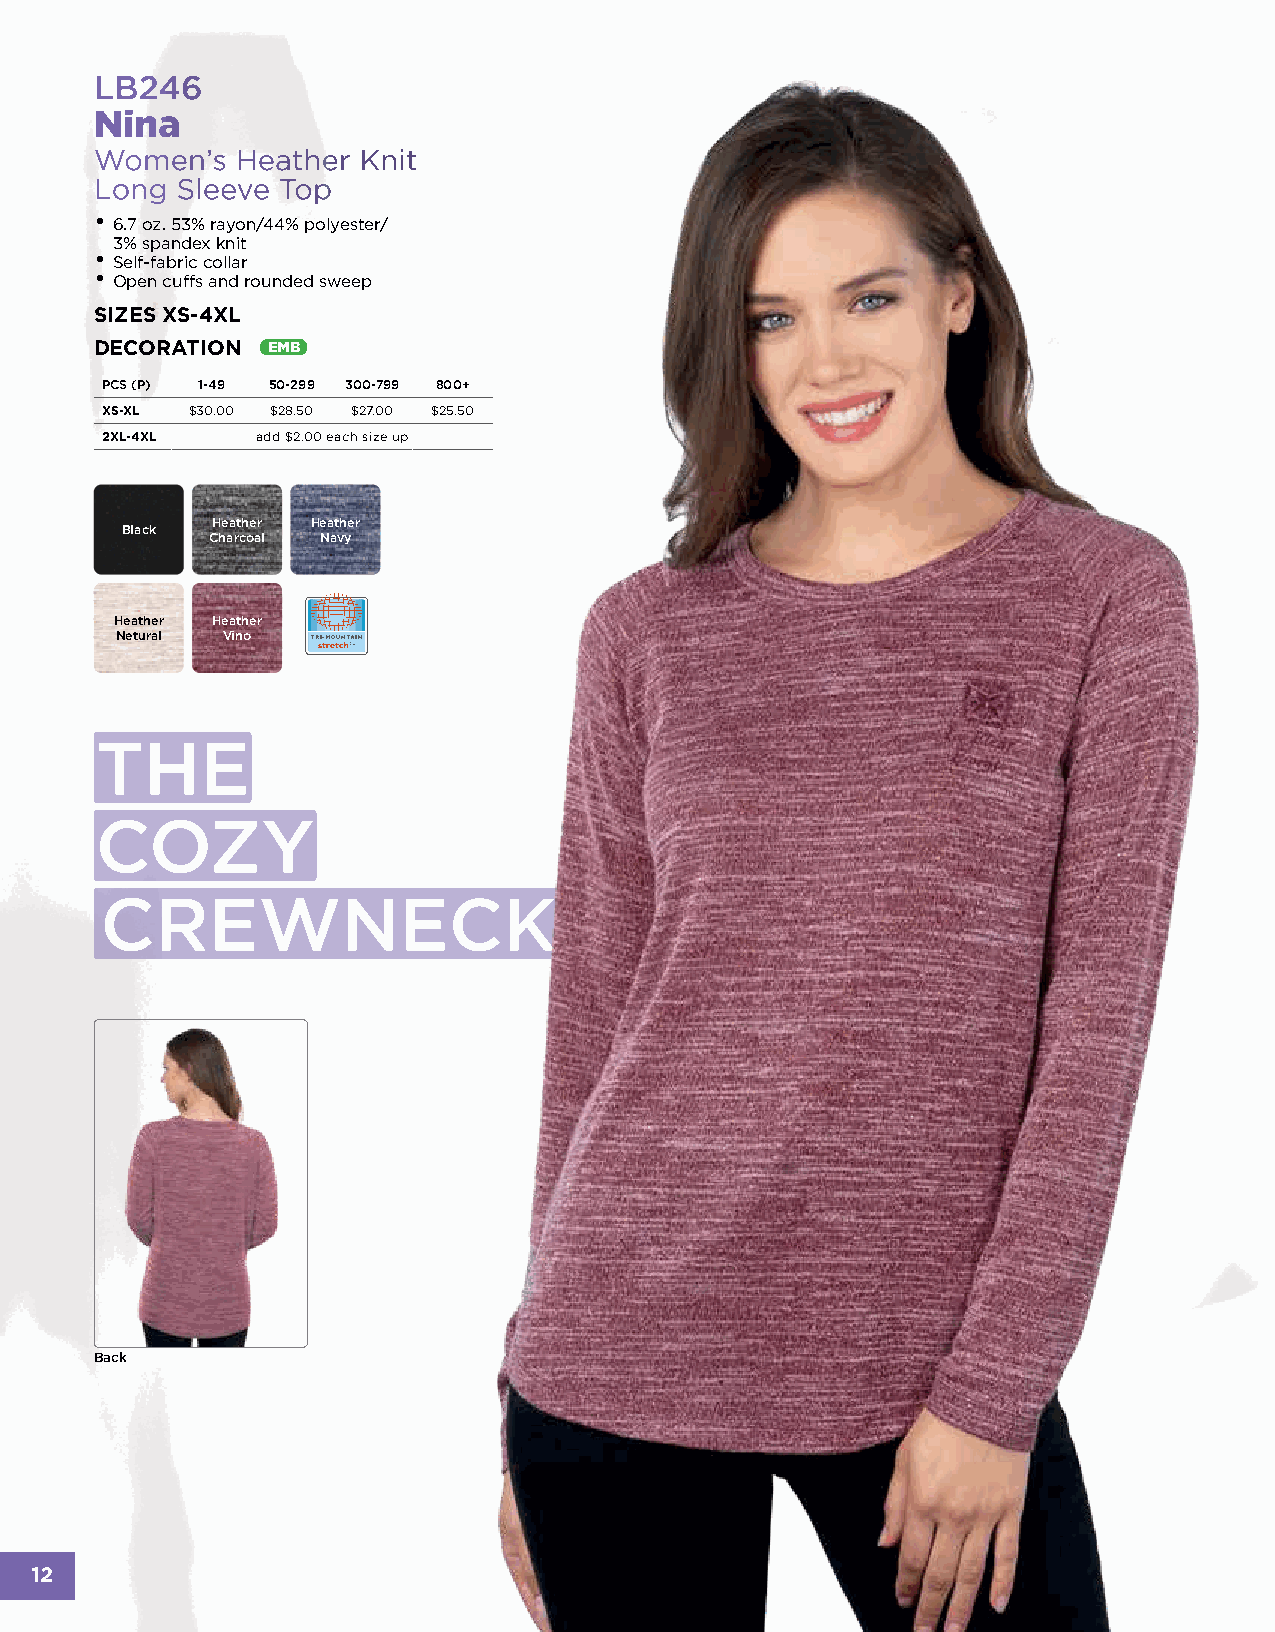
LB246
 Nina
 Women’s   Heather Knit
 Long  Sleeve Top
 •
 6.7 oz. 53% rayon/44% polyester/
 3% spandex knit
 •
 Self-fabric collar
 •
 Open cuffs and rounded sweep
 SIZES XS-4XL
 DECORATION  EMB
 PCS (P) 1-49 50-299 300-799 800+
 XS-XL $30.00 $28.50 $27.00 $25.50
 2XL-4XL   add $2.00 each size up
 Heather Heather
 Black
 Charcoal Navy
 Heather Heather
 Netural Vino
 THE
 COZY
 CREWNECK
 Back
 12